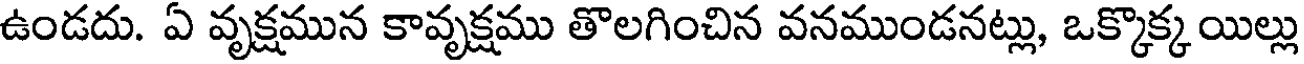
ఉండదు. ఏ వృక్షమున కావృక్షము తొలగించిన వనముండనట్లు, ఒక్కొక్క యిల్లు